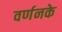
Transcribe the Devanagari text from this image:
वर्णनके